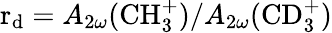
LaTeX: \mathrm{r_{d}}=A_{2\omega}(\mathrm{CH_{3}^{+}})/A_{2\omega}(\mathrm{CD_{3}^{+}})